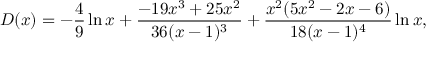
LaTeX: D ( x ) = - \frac { 4 } { 9 } \ln x + \frac { - 1 9 x ^ { 3 } + 2 5 x ^ { 2 } } { 3 6 ( x - 1 ) ^ { 3 } } + \frac { x ^ { 2 } ( 5 x ^ { 2 } - 2 x - 6 ) } { 1 8 ( x - 1 ) ^ { 4 } } \ln x ,